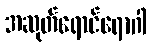
အဆုတ်ရောင်ရောဂါ